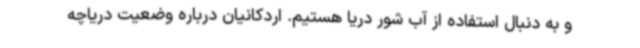
و به دنبال استفاده از آب شور دریا هستیم. اردکانیان درباره وضعیت دریاچه